Juri_Uluots, lk 3
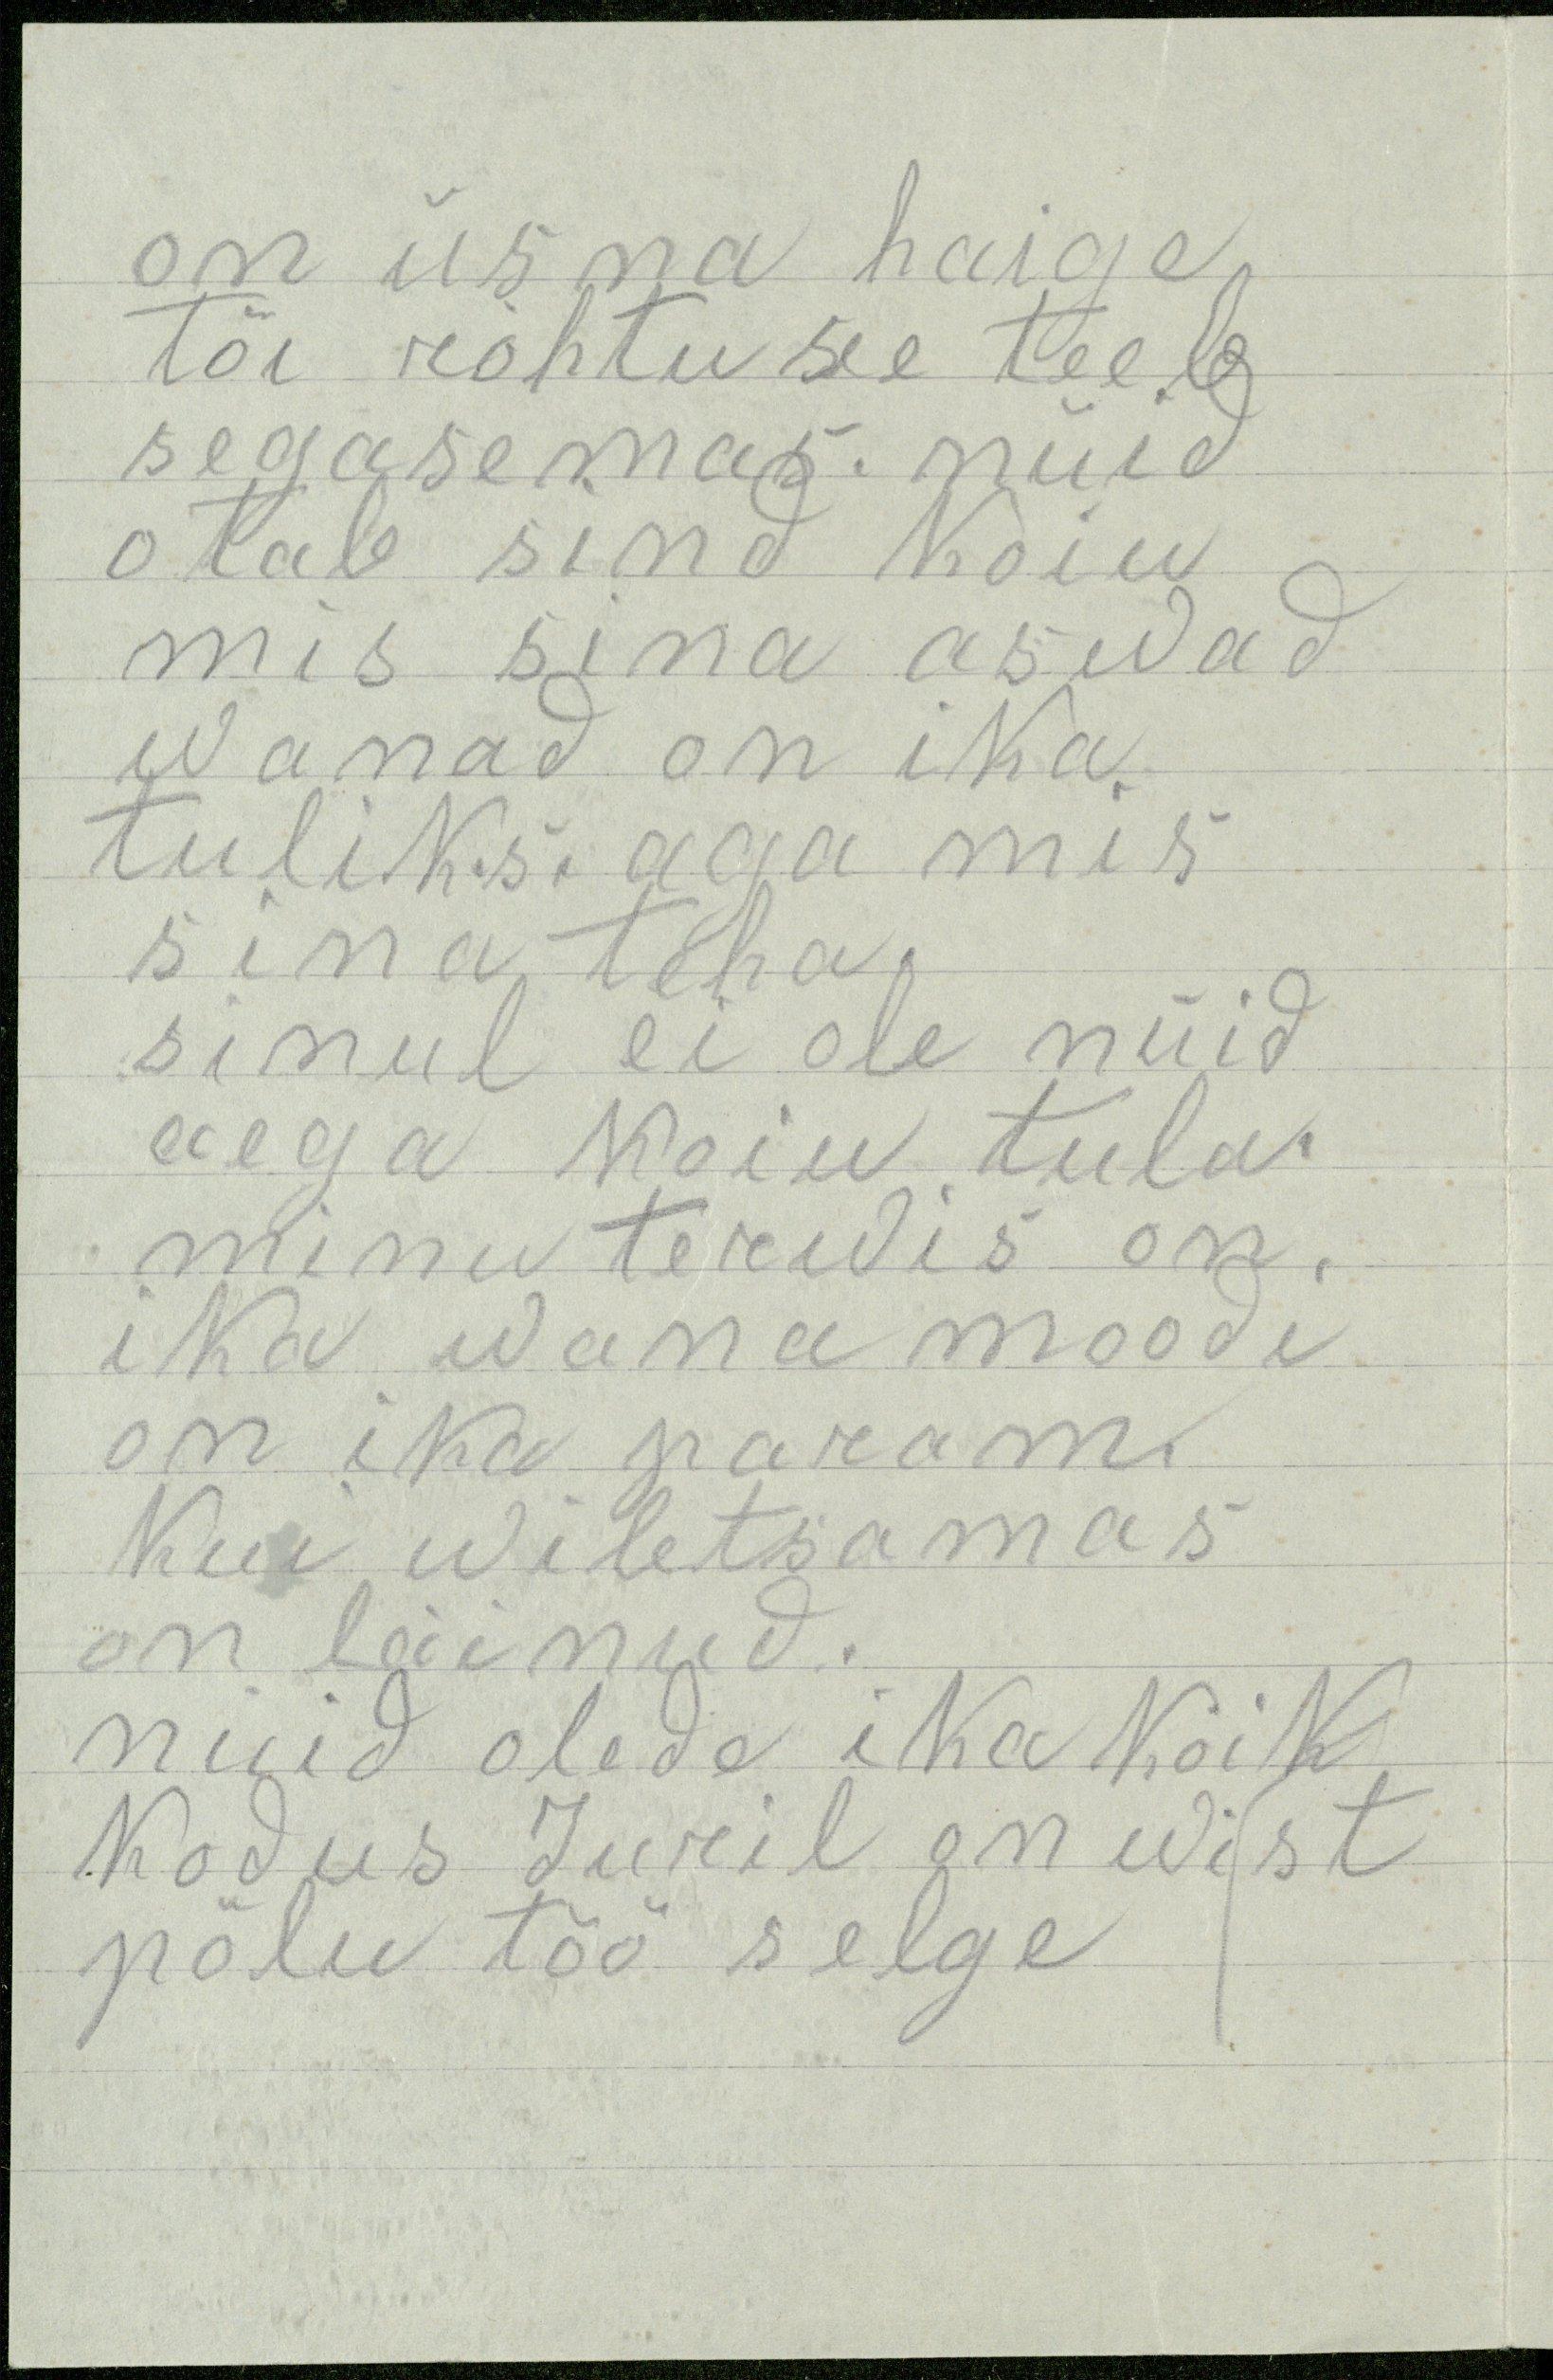
on üsna haige
tõi rohtu see teeb
segasemas. nüid
otab sind koiu
mis sina aswad
wanad on ika,
tuliks, aga mis
sina teha.
sinul ei ole nüid
aega koiu tula.
minu terwis on.
ika wana moodi
on ika param.
kui wiletsamas
on läinud.
nüid olede ika kõik
Kodus Juril on wist
põlu töö selge